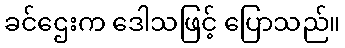
ခင်ဌေးက ဒေါသဖြင့် ပြောသည်။